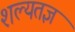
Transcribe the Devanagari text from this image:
शल्यतज्ञ